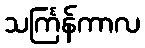
သင်္ကြန်ကာလ